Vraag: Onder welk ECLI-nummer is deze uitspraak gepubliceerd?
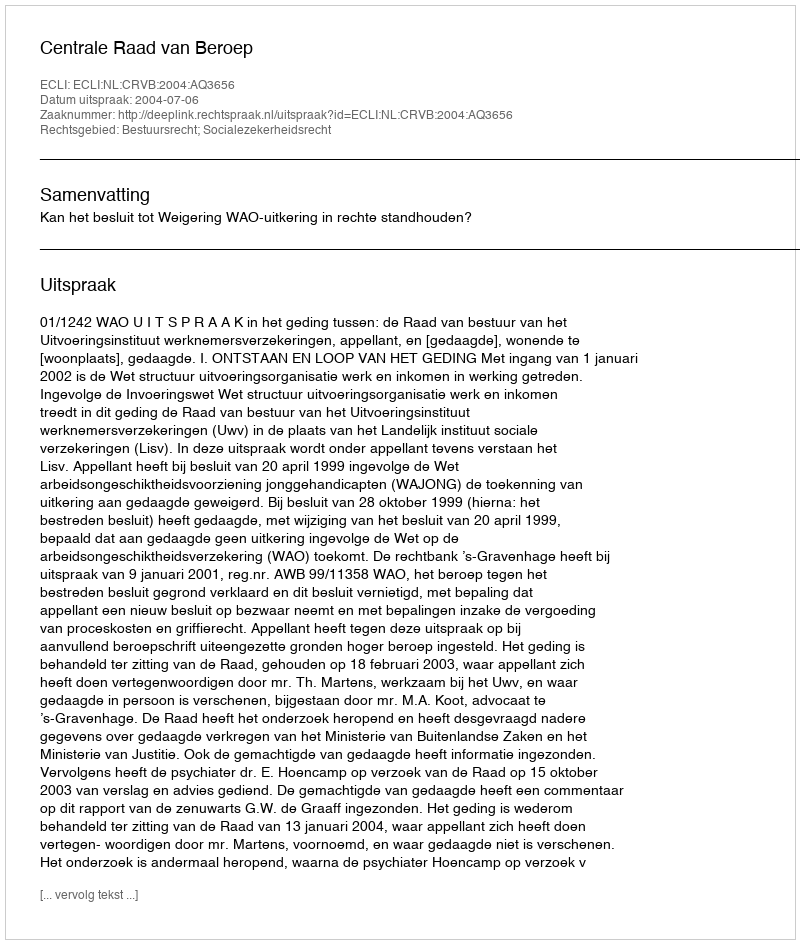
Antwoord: ECLI:NL:CRVB:2004:AQ3656